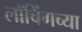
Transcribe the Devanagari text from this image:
लॉचिंगच्या